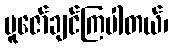
ပူဇော်ချင်ကြပါတယ်၊